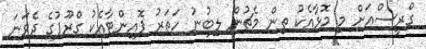
ގްރީސްއަށް މި މޮޅާއެކު ތިން މެޗުން ލިބުނު ހަތަރު ޕޮއިންޓާއެކު ގްރޫޕުގެ ދެވަނަ